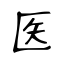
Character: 医